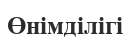
Өнімділігі